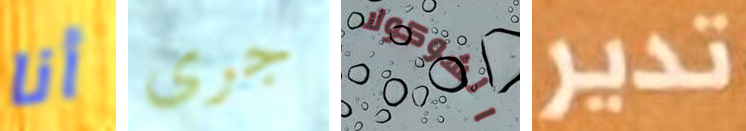
أنا جرى الشوكولا تدير